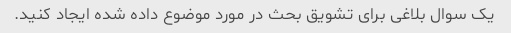
یک سوال بلاغی برای تشویق بحث در مورد موضوع داده شده ایجاد کنید.